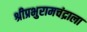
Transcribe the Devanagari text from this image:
श्रीप्रभुरामचंद्राला